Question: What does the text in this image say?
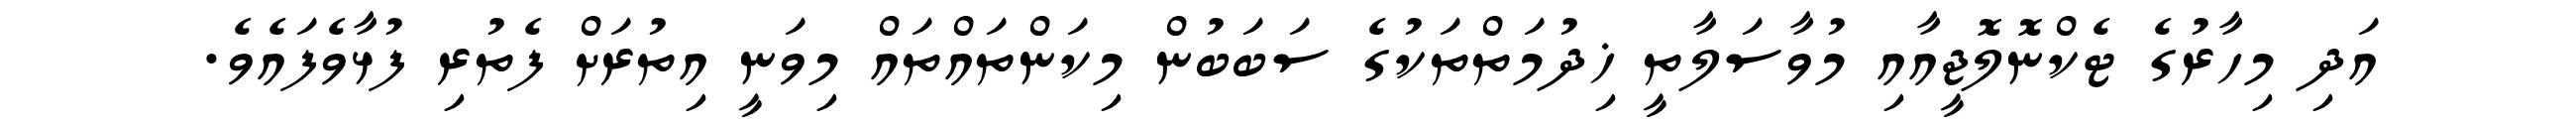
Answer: އަދި މިހާރުގެ ޓެކްނޮލޮޖީއާއި މުވާސަލާތީ ޚިދުމަތްތަކުގެ ސަބަބުން މިކަންތައްތައް މިވަނީ އިތުރަށް ފެތުރި ފުޅާވެފައެވެ.